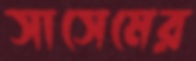
সাসেমের